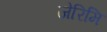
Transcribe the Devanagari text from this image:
जेरिमि